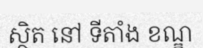
ស្ថិត នៅ ទីតាំង ខណ្ឌ